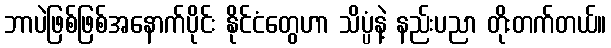
ဘာပဲဖြစ်ဖြစ်အနောက်ပိုင်း နိုင်ငံတွေဟာ သိပ္ပံနဲ့ နည်းပညာ တိုးတက်တယ်။